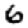
Digit: 6